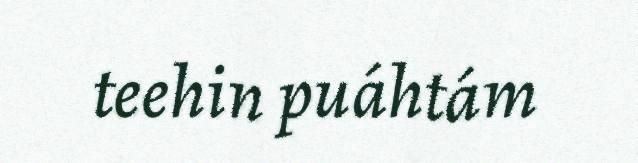
teehin puáhtám